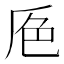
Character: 𰰕